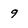
Character: 9